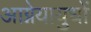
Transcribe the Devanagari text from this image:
आग्नेयायुधों